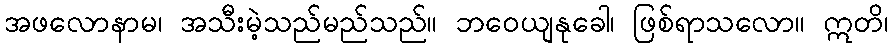
အဖလောနာမ၊ အသီးမဲ့သည်မည်သည်။ ဘဝေယျနုခေါ၊ ဖြစ်ရာသလော။ ဣတိ၊